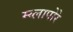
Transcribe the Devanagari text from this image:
म्य्लापोरे